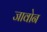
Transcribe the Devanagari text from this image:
जावोन